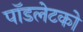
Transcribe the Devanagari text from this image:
पॉडलेटको